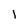
Character: l